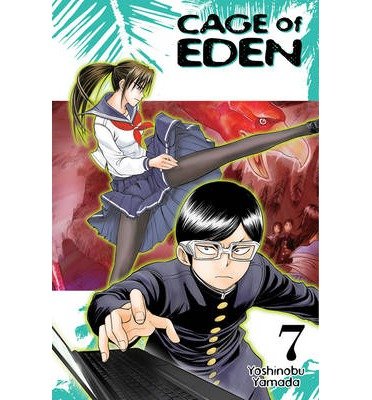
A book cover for Cage of Eden: Vol. 8 (Cage of Eden) (Paperback) - Common; By (author) Yoshinobu Yamada; History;